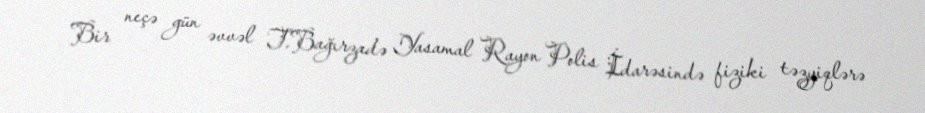
Bir neçə gün əvvəl T.Bağırzadə Yasamal Rayon Polis İdarəsində fiziki təzyiqlərə